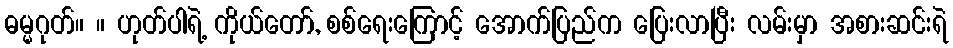
ဓမ္မဂုတ်။ ။ ဟုတ်ပါရဲ့ ကိုယ်တော်, စစ်ရေးကြောင့် အောက်ပြည်က ပြေးလာပြီး လမ်းမှာ အစားဆင်းရဲ